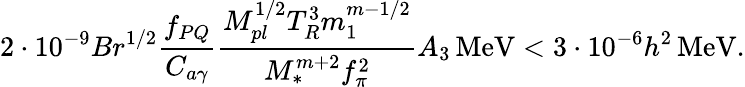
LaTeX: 2\cdot 10^{-9}Br^{1/2}\frac{f_{PQ}}{C_{a\gamma}}\frac{M_{pl}^{1/2}T_{R}^{3}m_{1}^{m-1/2}}{M_{*}^{m+2}f_{\pi}^{2}}A_{3}\, \mathrm{MeV}<3\cdot 10^{-6}h^{2}\, \mathrm{MeV}.